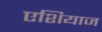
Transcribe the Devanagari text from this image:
एशियाज